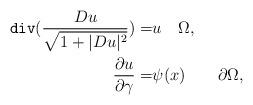
LaTeX: \begin{align*} \texttt{div}(\frac{Du}{\sqrt{1+|Du|^2}}) =& u \quad\Omega, \\ \frac{\partial u}{\partial \gamma} = &\psi(x) \quad \quad\partial \Omega,\end{align*}